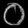
Digit: ၀